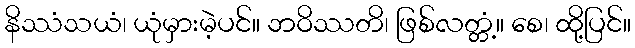
နိဿံသယံ၊ ယုံမှားမဲ့ပင်။ ဘဝိဿတိ၊ ဖြစ်လတ္တံ့။ စေ၊ ထို့ပြင်။